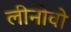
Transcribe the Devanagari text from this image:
लीनोवो